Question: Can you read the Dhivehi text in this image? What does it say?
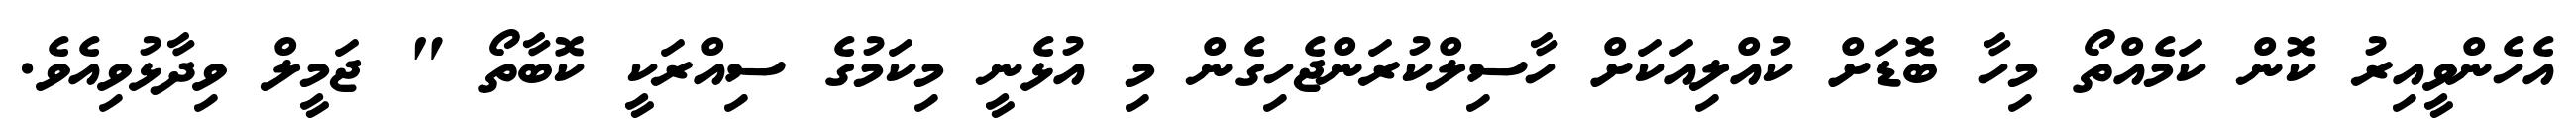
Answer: އެހެންވީއިރު ކޮން ކަމެއްތޯ މިހާ ބޮޑަށް ކުއްލިއަކަށް ހާސިލްކުރަންޖެހިގެން މި އުޅެނީ މިކަމުގެ ސިއްރަކީ ކޮބާތޯ " ޖަމީލް ވިދާޅުވިއެވެ.